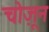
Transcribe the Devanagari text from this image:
चोज़ून